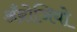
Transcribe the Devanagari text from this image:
अँब्रोजियो